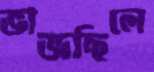
ভাজছিলে